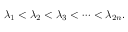
\lambda _ { 1 } < \lambda _ { 2 } < \lambda _ { 3 } < \cdots < \lambda _ { 2 n } .